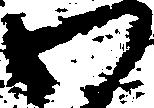
わ